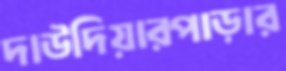
দাউদিয়ারপাড়ার